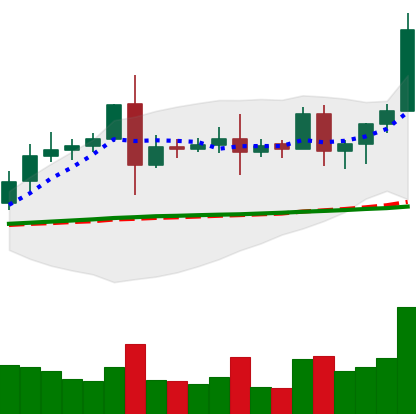
Ticker: EOS-USD
Chart end date: 2020-08-15
Forward return: -7.871%
Label: down_7plus